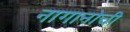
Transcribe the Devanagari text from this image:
नागानोची